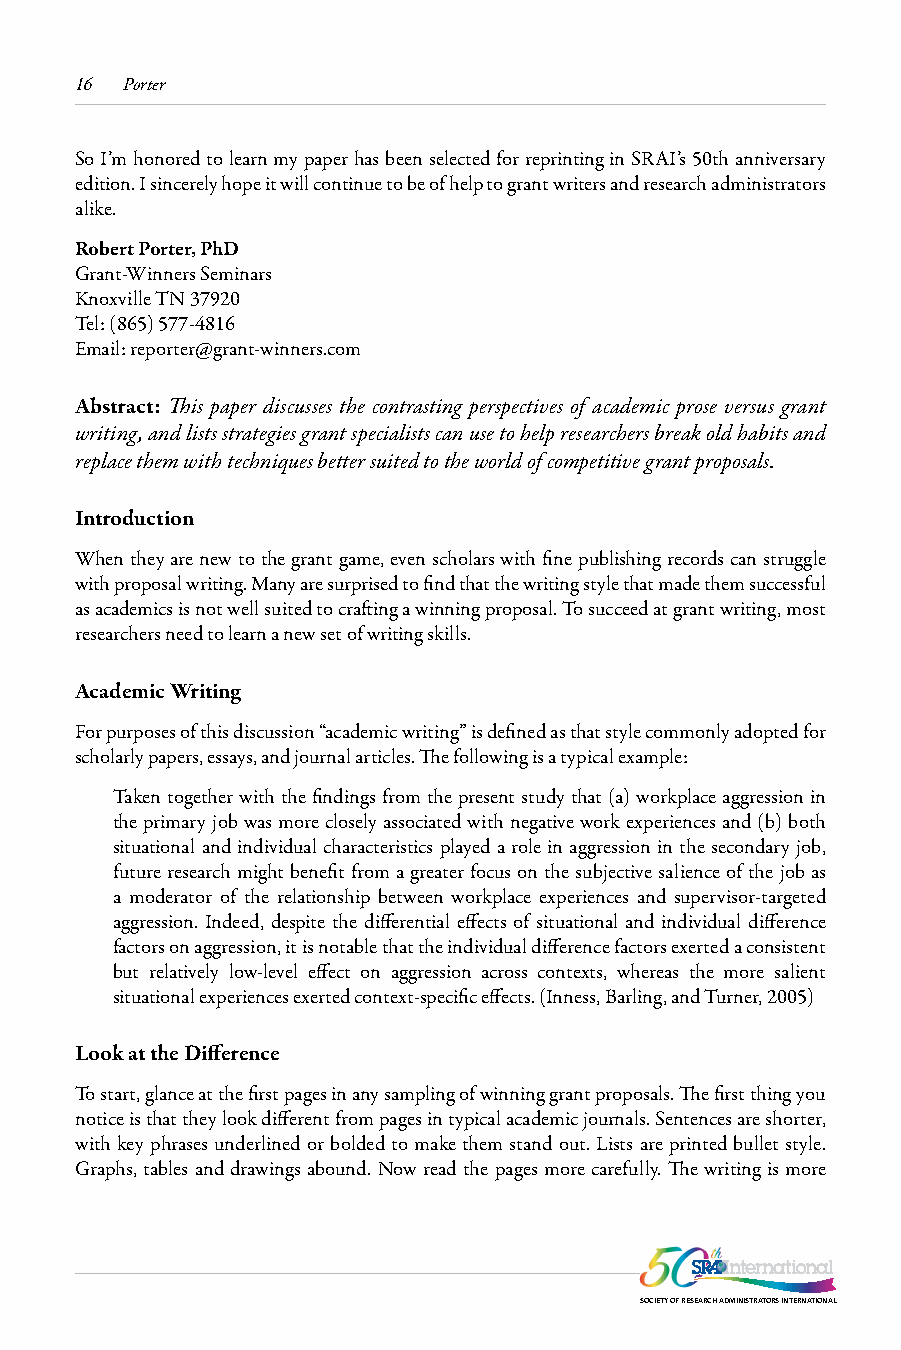
16 Porter
 So I’m honored to learn my paper has been selected for reprinting in SRAI’s 50th anniversary
 edition. I sincerely hope it will continue to be of help to grant writers and research administrators
 alike.
 Robert Porter, PhD
 Grant-Winners Seminars
 Knoxville TN 37920
 Tel: (865) 577-4816
 Email: reporter@grant-winners.com
 Abstract: This paper discusses the contrasting perspectives of academic prose versus grant
 writing, and lists strategies grant specialists can use to help researchers break old habits and
 replace them with techniques better suited to the world of competitive grant proposals.
 Introduction
 When they are new to the grant game, even scholars with fine publishing records can struggle
 with proposal writing. Many are surprised to find that the writing style that made them successful
 as academics is not well suited to crafting a winning proposal. To succeed at grant writing, most
 researchers need to learn a new set of writing skills.
 Academic Writing
 For purposes of this discussion “academic writing” is defined as that style commonly adopted for
 scholarly papers, essays, and journal articles. The following is a typical example:
 Taken together with the findings from the present study that (a) workplace aggression in
 the primary job was more closely associated with negative work experiences and (b) both
 situational and individual characteristics played a role in aggression in the secondary job,
 future research might benefit from a greater focus on the subjective salience of the job as
 a moderator of the relationship between workplace experiences and supervisor-targeted
 aggression. Indeed, despite the differential effects of situational and individual difference
 factors on aggression, it is notable that the individual difference factors exerted a consistent
 but relatively low-level effect on aggression across contexts, whereas the more salient
 situational experiences exerted context-specific effects. (Inness, Barling, and Turner, 2005)
 Look at the Difference
 To start, glance at the first pages in any sampling of winning grant proposals. The first thing you
 notice is that they look different from pages in typical academic journals. Sentences are shorter,
 with key phrases underlined or bolded to make them stand out. Lists are printed bullet style.
 Graphs, tables and drawings abound. Now read the pages more carefully. The writing is more
 SOCIETY OF RESEARCH ADMINISTRATORS INTERNATIONAL